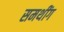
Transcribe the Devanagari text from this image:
समथींग